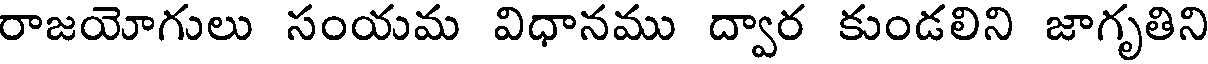
రాజయోగులు సంయమ విధానము ద్వార కుండలిని జాగృతిని